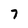
Character: 7